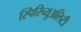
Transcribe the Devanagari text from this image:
स्पिरिच्युअलिटी